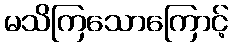
မသိကြသောကြောင့်